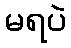
မရပဲ